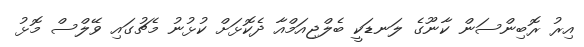
އިރު ރޮބިންސަން ކާނޫގެ ލަނޑަކީ ބެލްޖިއަމްއާ ދެކޮޅަށް ކުޅުނު މެޗުގައި ވޭލްސް މޮޅު